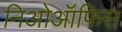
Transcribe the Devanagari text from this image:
निओऑफिस